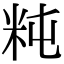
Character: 𥸵